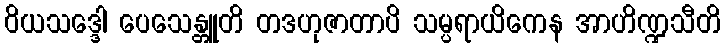
ဝိယသဒ္ဒေါ ပေသေန္တူတိ တဒဟုဇာတာပိ သမ္ပရာယိကေန အာဟိဏ္ဍသီတိ